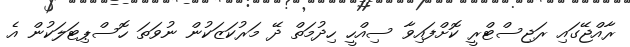
ރާއްޖޭގައި ރަޖިސްޓްރީ ކޮށްފައިވާ ސިއްހީ ހިދުމަތް ދޭ މަރުކަޒަކުން ނުވަތަ ހޮސްޕިޓަލަކުން އެ